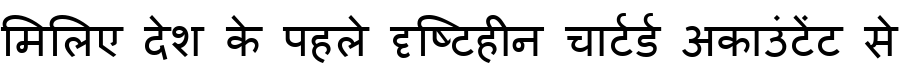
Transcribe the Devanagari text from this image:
मिलिए देश के पहले दृष्टिहीन चार्टर्ड अकाउंटेंट से